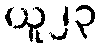
ယူ၂၃